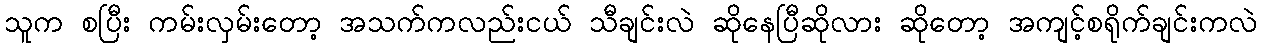
သူက စပြီး ကမ်းလှမ်းတော့ အသက်ကလည်းငယ် သီချင်းလဲ ဆိုနေပြီဆိုလား ဆိုတော့ အကျင့်စရိုက်ချင်းကလဲ